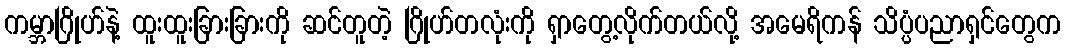
ကမ္ဘာဂြိုဟ်နဲ့ ထူးထူးခြားခြားကို ဆင်တူတဲ့ ဂြိုဟ်တလုံးကို ရှာတွေ့လိုက်တယ်လို့ အမေရိကန် သိပ္ပံပညာရှင်တွေက